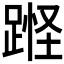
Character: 𰸘